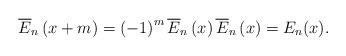
LaTeX: \begin{align*}\overline{E}_{n}\left( x+m\right) =\left( -1\right) ^{m}\overline{E}_{n}\left( x\right) \overline{E}_{n}\left( x\right) =E_{n}(x).\end{align*}